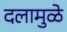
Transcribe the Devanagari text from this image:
दलामुळे